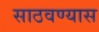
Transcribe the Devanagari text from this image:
साठवण्यास